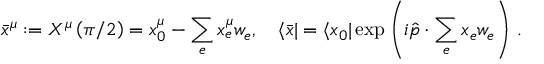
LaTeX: \bar { x } ^ { \mu } : = X ^ { \mu } \left( \pi / 2 \right) = x _ { 0 } ^ { \mu } - \sum _ { e } x _ { e } ^ { \mu } w _ { e } , \quad \langle \bar { x } | = \langle x _ { 0 } | \exp \left( i \hat { p } \cdot \sum _ { e } x _ { e } w _ { e } \right) \, .